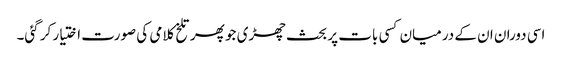
اسی دوران ان کے درمیان کسی بات پر بحث چھڑی جو پھر تلخ کلامی کی صورت اختیار کر گئی۔